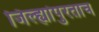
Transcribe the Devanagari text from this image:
जिल्ह्यांपुरताच